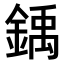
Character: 𫒳